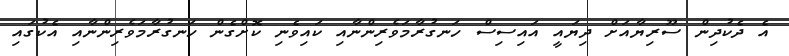
އެ ދެކުދިން ސޫރިޔާއަށް ދިޔައީ އައިސިސް ހަނގުރާމަވެރިންނާއި ކައިވެނި ކޮށްގެން ހަނގުރާމަވެރިންނާއި އެކުގައި